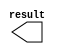
// megafunction wizard: %LPM_CONSTANT%VBB%
// GENERATION: STANDARD
// VERSION: WM1.0
// MODULE: LPM_CONSTANT 

// ============================================================
// Megafunction Name(s):
// 			LPM_CONSTANT
//
// Simulation Library Files(s):
// 			
// ============================================================
// ************************************************************
// THIS IS A WIZARD-GENERATED FILE. DO NOT EDIT THIS FILE!
//
// 17.0.0 Build 595 04/25/2017 SJ Standard Edition
// ************************************************************

//Copyright (C) 2017  Intel Corporation. All rights reserved.
//Your use of Intel Corporation's design tools, logic functions 
//and other software and tools, and its AMPP partner logic 
//functions, and any output files from any of the foregoing 
//(including device programming or simulation files), and any 
//associated documentation or information are expressly subject 
//to the terms and conditions of the Intel Program License 
//Subscription Agreement, the Intel Quartus Prime License Agreement,
//the Intel MegaCore Function License Agreement, or other 
//applicable license agreement, including, without limitation, 
//that your use is for the sole purpose of programming logic 
//devices manufactured by Intel and sold by Intel or its 
//authorized distributors.  Please refer to the applicable 
//agreement for further details.

module wall_offset (
	result)/* synthesis synthesis_clearbox = 1 */;

	output	[31:0]  result;

endmodule

// ============================================================
// CNX file retrieval info
// ============================================================
// Retrieval info: PRIVATE: INTENDED_DEVICE_FAMILY STRING "Cyclone V"
// Retrieval info: PRIVATE: JTAG_ENABLED NUMERIC "1"
// Retrieval info: PRIVATE: JTAG_ID STRING "NONE"
// Retrieval info: PRIVATE: Radix NUMERIC "10"
// Retrieval info: PRIVATE: SYNTH_WRAPPER_GEN_POSTFIX STRING "0"
// Retrieval info: PRIVATE: Value NUMERIC "10"
// Retrieval info: PRIVATE: nBit NUMERIC "32"
// Retrieval info: PRIVATE: new_diagram STRING "1"
// Retrieval info: LIBRARY: lpm lpm.lpm_components.all
// Retrieval info: CONSTANT: LPM_CVALUE NUMERIC "10"
// Retrieval info: CONSTANT: LPM_HINT STRING "ENABLE_RUNTIME_MOD=YES, INSTANCE_NAME=NONE"
// Retrieval info: CONSTANT: LPM_TYPE STRING "LPM_CONSTANT"
// Retrieval info: CONSTANT: LPM_WIDTH NUMERIC "32"
// Retrieval info: USED_PORT: result 0 0 32 0 OUTPUT NODEFVAL "result[31..0]"
// Retrieval info: CONNECT: result 0 0 32 0 @result 0 0 32 0
// Retrieval info: GEN_FILE: TYPE_NORMAL wall_offset.v TRUE
// Retrieval info: GEN_FILE: TYPE_NORMAL wall_offset.inc FALSE
// Retrieval info: GEN_FILE: TYPE_NORMAL wall_offset.cmp FALSE
// Retrieval info: GEN_FILE: TYPE_NORMAL wall_offset.bsf TRUE
// Retrieval info: GEN_FILE: TYPE_NORMAL wall_offset_inst.v FALSE
// Retrieval info: GEN_FILE: TYPE_NORMAL wall_offset_bb.v TRUE